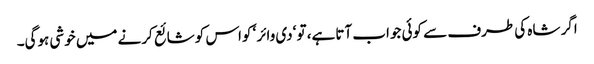
اگر شاہ کی طرف سے کوئی جواب آتا ہے، تو ‘دی وائر ‘ کواس کو شائع کرنے میں خوشی ہوگی۔